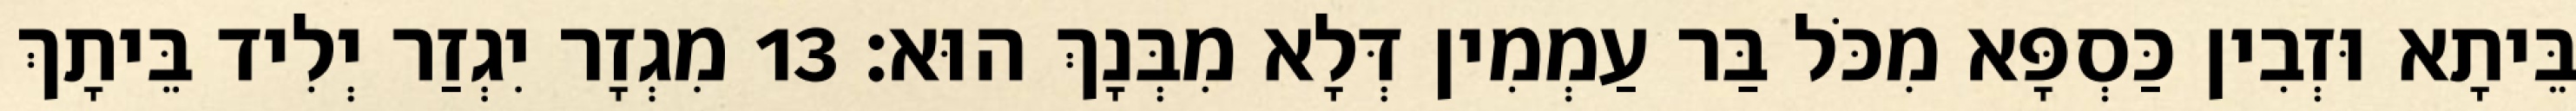
בֵּיתָא וּזְבִין כַּסְפָּא מִכֹּל בַּר עַמְמִין דְּלָא מִבְּנָךְ הוּא׃ 13 מִגְזָר יִגְזַר יְלִיד בֵּיתָךְ